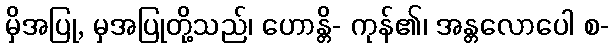
မှိအပြု, မှအပြုတို့သည်၊ ဟောန္တိ- ကုန်၏၊ အန္တလောပေါ စ-